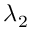
\lambda _ { 2 }